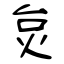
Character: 炱